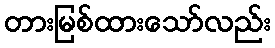
တားမြစ်ထားသော်လည်း